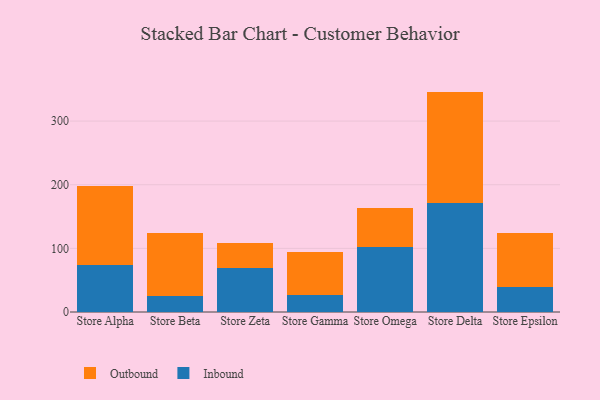
{"axis": {"x": "Store", "y": "Customer Acquisition Cost (USD)"}, "legend": ["Inbound", "Outbound"], "data": [{"x": "Store Alpha", "y": 74.2, "type": "Inbound"}, {"x": "Store Alpha", "y": 123.7, "type": "Outbound"}, {"x": "Store Beta", "y": 25.7, "type": "Inbound"}, {"x": "Store Beta", "y": 98.6, "type": "Outbound"}, {"x": "Store Zeta", "y": 68.4, "type": "Inbound"}, {"x": "Store Zeta", "y": 39.7, "type": "Outbound"}, {"x": "Store Gamma", "y": 26.7, "type": "Inbound"}, {"x": "Store Gamma", "y": 66.9, "type": "Outbound"}, {"x": "Store Omega", "y": 101.9, "type": "Inbound"}, {"x": "Store Omega", "y": 60.9, "type": "Outbound"}, {"x": "Store Delta", "y": 171.1, "type": "Inbound"}, {"x": "Store Delta", "y": 175.2, "type": "Outbound"}, {"x": "Store Epsilon", "y": 39.3, "type": "Inbound"}, {"x": "Store Epsilon", "y": 85.2, "type": "Outbound"}]}